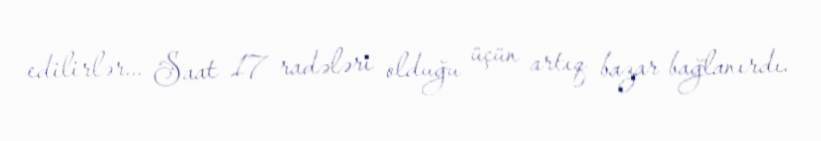
edilirlər... Saat 17 radələri olduğu üçün artıq bazar bağlanırdı.